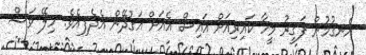
އެނގުމުން ފަގީރު މީހާ ކައިރިއަށް އައިސް އެއަށް އަގުދޭން އެދެފިއެވެ. ހިލޭ ވަސް